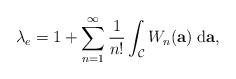
LaTeX: \begin{align*}\lambda_e = 1+\sum_{n=1}^{\infty} \frac{1}{n!}\int_{\mathcal C} W_n(\mathbf a)\; \textrm{d}\mathbf a,\end{align*}